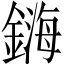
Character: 𲇜